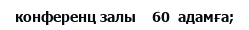
конференц залы    60  адамға;